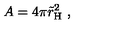
A = 4 \pi \tilde { r } _ { \mathrm { H } } ^ { 2 } \ , \nonumber